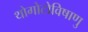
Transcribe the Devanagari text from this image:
थोगोटोविषाणु